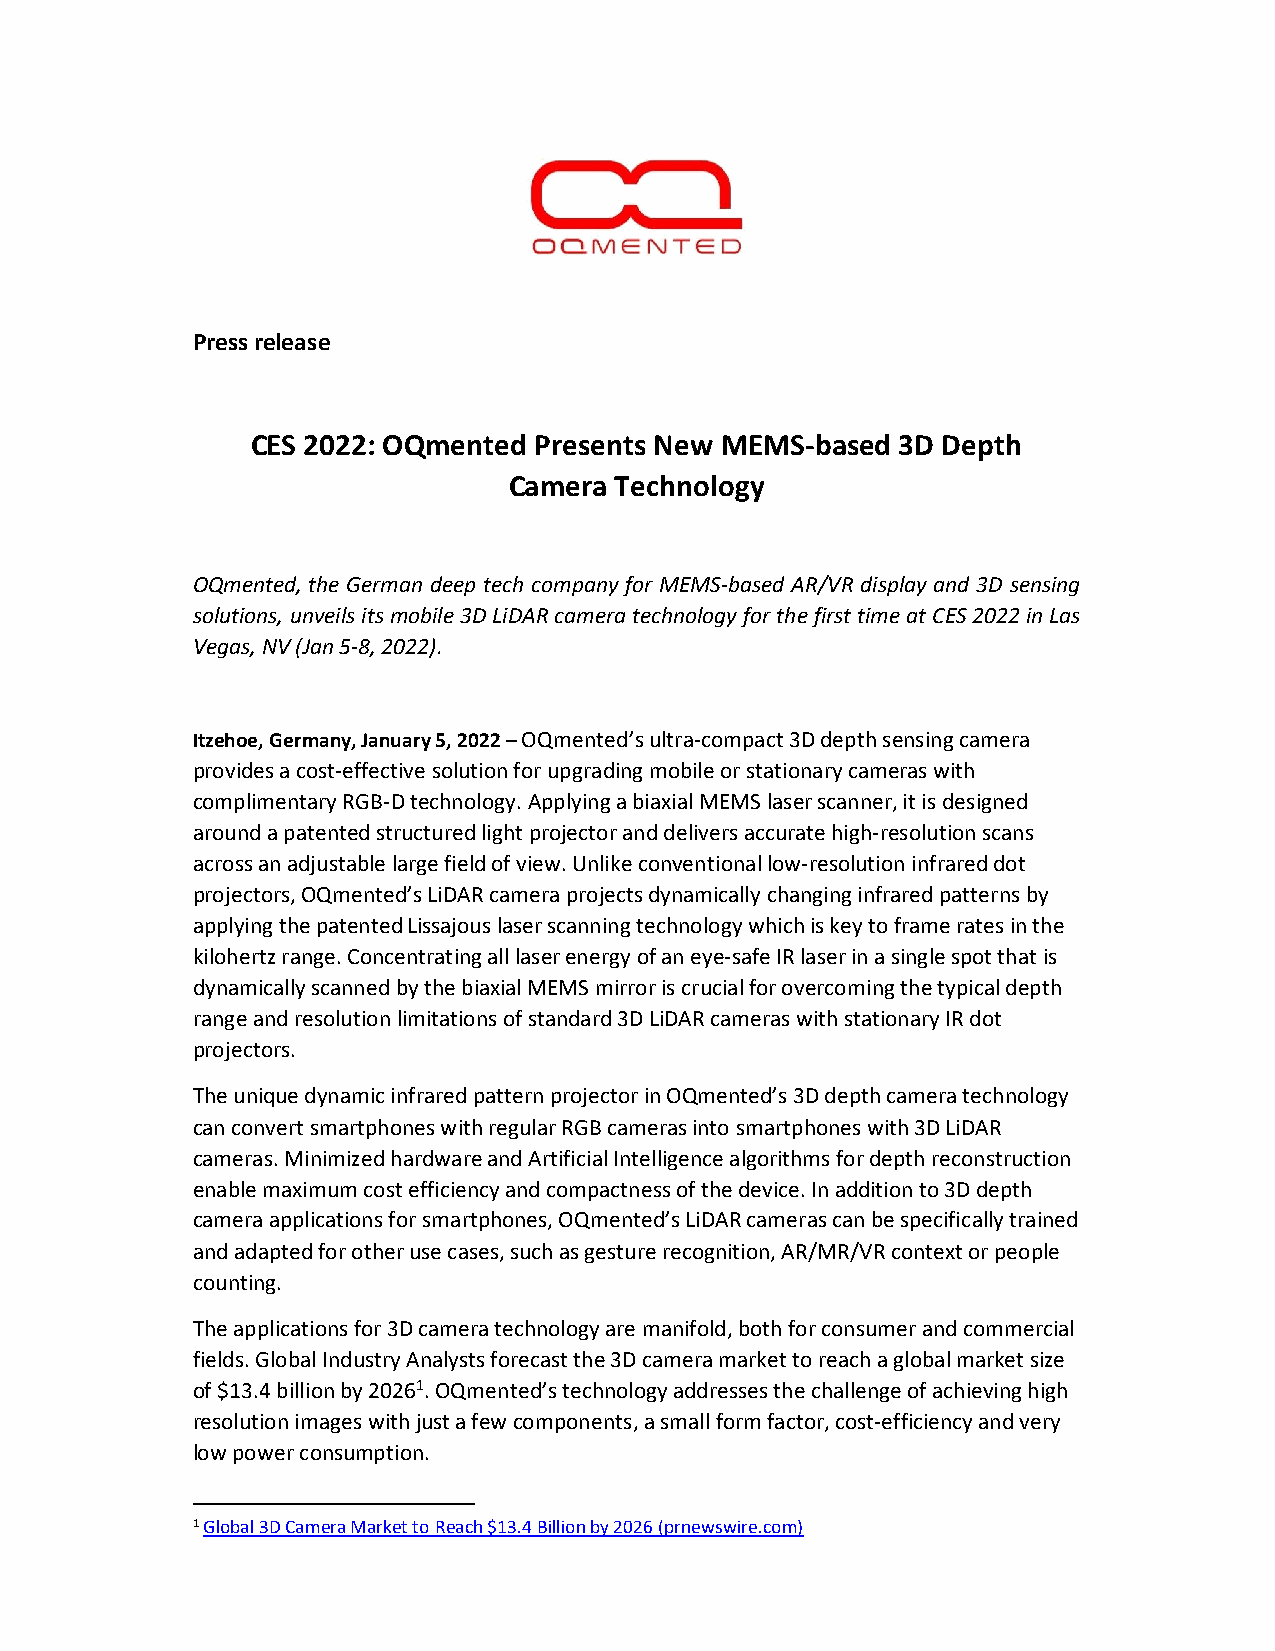
Press release
 CES 2022: OQmented Presents New MEMS-based 3D Depth
 Camera Technology
 OQmented, the German deep tech company for MEMS-based AR/VR display and 3D sensing
 solutions, unveils its mobile 3D LiDAR camera technology for the first time at CES 2022 in Las
 Vegas, NV (Jan 5-8, 2022).
 Itzehoe, Germany, January 5, 2022 – OQmented’s ultra-compact 3D depth sensing camera
 provides a cost-effective solution for upgrading mobile or stationary cameras with
 complimentary RGB-D technology. Applying a biaxial MEMS laser scanner, it is designed
 around a patented structured light projector and delivers accurate high-resolution scans
 across an adjustable large field of view. Unlike conventional low-resolution infrared dot
 projectors, OQmented’s LiDAR camera projects dynamically changing infrared patterns by
 applying the patented Lissajous laser scanning technology which is key to frame rates in the
 kilohertz range. Concentrating all laser energy of an eye-safe IR laser in a single spot that is
 dynamically scanned by the biaxial MEMS mirror is crucial for overcoming the typical depth
 range and resolution limitations of standard 3D LiDAR cameras with stationary IR dot
 projectors.
 The unique dynamic infrared pattern projector in OQmented’s 3D depth camera technology
 can convert smartphones with regular RGB cameras into smartphones with 3D LiDAR
 cameras. Minimized hardware and Artificial Intelligence algorithms for depth reconstruction
 enable maximum cost efficiency and compactness of the device. In addition to 3D depth
 camera applications for smartphones, OQmented’s LiDAR cameras can be specifically trained
 and adapted for other use cases, such as gesture recognition, AR/MR/VR context or people
 counting.
 The applications for 3D camera technology are manifold, both for consumer and commercial
 fields. Global Industry Analysts forecast the 3D camera market to reach a global market size
 of $13.4 billion by 20261. OQmented’s technology addresses the challenge of achieving high
 resolution images with just a few components, a small form factor, cost-efficiency and very
 low power consumption.
 1 Global 3D Camera Market to Reach $13.4 Billion by 2026 (prnewswire.com)